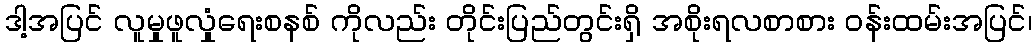
ဒါ့အပြင် လူမှုဖူလှုံရေးစနစ် ကိုလည်း တိုင်းပြည်တွင်းရှိ အစိုးရလစာစား ဝန်းထမ်းအပြင်၊